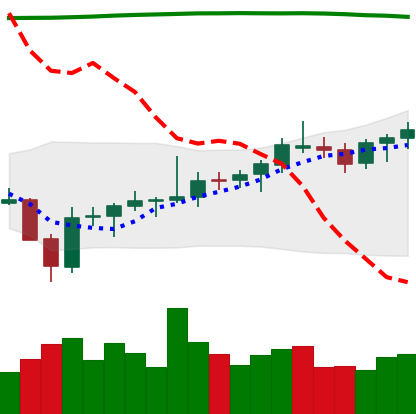
Ticker: BNB-USD
Chart end date: 2021-08-06
Forward return: 14.503%
Label: up_7plus